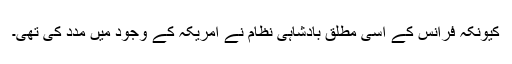
کیونکہ فرانس کے اسى مطلق بادشاہى نظام نے امریکہ کے وجود میں مدد کى تهى۔